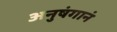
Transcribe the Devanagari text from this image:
अनुषंगानं